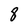
Character: 8